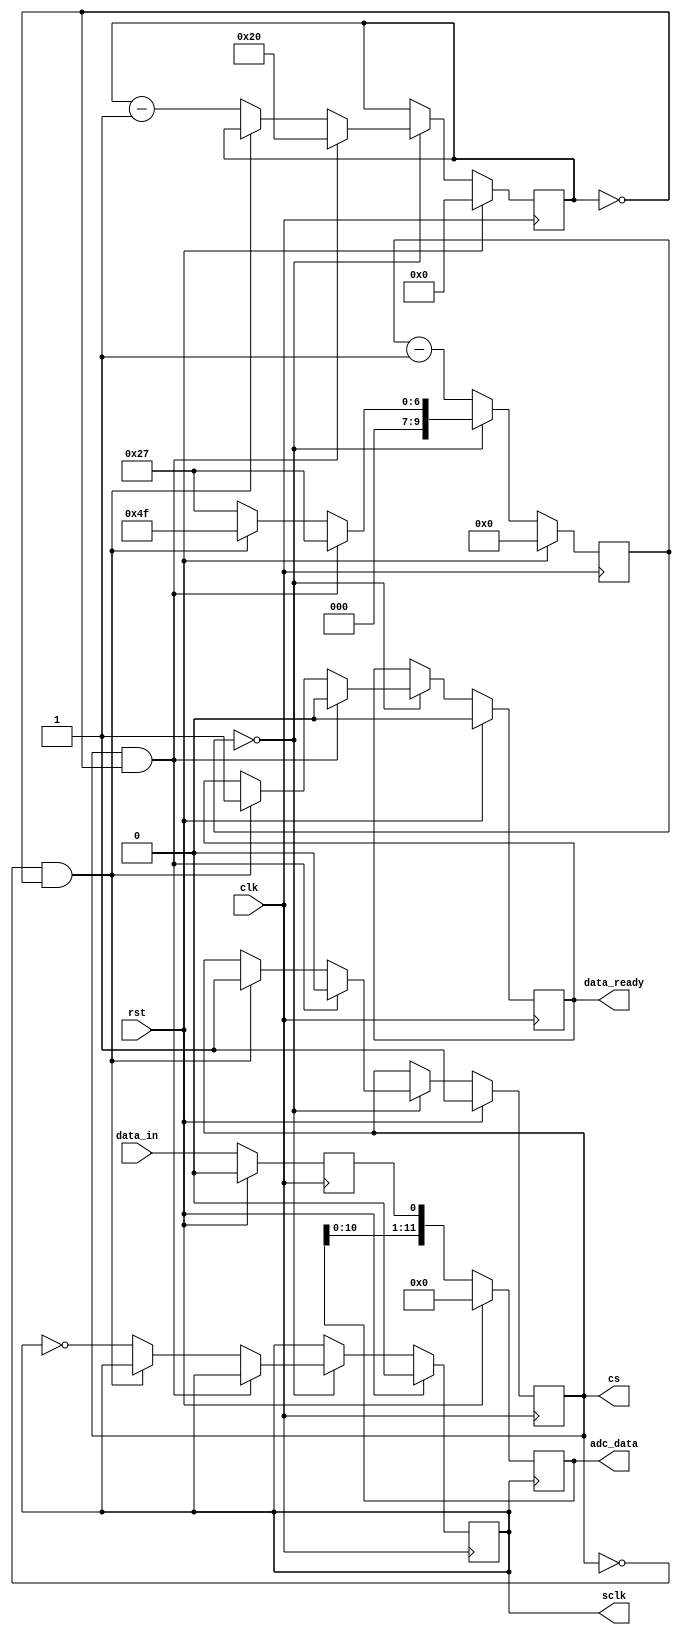
/*
Author: Ephren Manning
Title: adc_controller.v
Purpose: Control logic for AD7476A 12-bit SAR ADC
Clock Frequency: 8 MHz
*/

module adc_controller #(
    parameter clk_speed = 8000000,
    parameter sclk_speed = 100000 //20kHz min, 20MHz max
) (
    input wire          rst,
    input wire          clk,

    input wire          data_in,

    output reg          cs,
    output reg          sclk,

    output reg [11:0]   adc_data,
    output reg          data_ready
);

    integer sclk_period = (clk_speed / sclk_speed) - 1;
    integer sclk_half_period = ((clk_speed / sclk_speed) / 2) - 1;

    reg[5:0]            bit_counter;
    reg[9:0]            clk_counter;

    reg                 data_in_reg;

    always @ (posedge clk) begin

        if (rst == 1'b1) begin
            cs <= 1'b1;
            sclk <= 1'b0;
            //adc_data <= 8'd0;
            data_ready <= 1'b0;
            bit_counter <= 6'b0;
            clk_counter <= 10'b0;
            data_in_reg <= 1'b0;
        end else begin
            data_in_reg <= data_in;

            if (clk_counter == 10'd0) begin
                if (cs == 1'b1 & bit_counter == 6'b0) begin //adc read has been finished and is idle
                    cs <= 1'b0; //set chip select low, starting conversion
                    bit_counter <= 6'd32;
                    clk_counter <= sclk_half_period; // wait 1/2 sclk period to read first bit
                    data_ready <= 1'b0;
                end else if (cs == 1'b0 & bit_counter == 6'b0) begin //adc read has finished
                    cs <= 1'b1; 
                    clk_counter <= sclk_period;
                    data_ready <= 1'b1;
                end else begin
                    sclk <= ~sclk;
                    clk_counter <= sclk_half_period;
                    bit_counter <= bit_counter - 1;
                end
            end else begin
                clk_counter <= clk_counter - 1;
            end
        end
    end

    always @ (posedge sclk) begin
        if (rst == 1'b1) begin
            adc_data <= 12'd0;
        end else begin
            adc_data <= {adc_data[10:0], data_in_reg};
        end
    end

endmodule